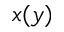
x ( y )